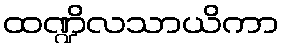
ထဏ္ဍိလသာယိကာ